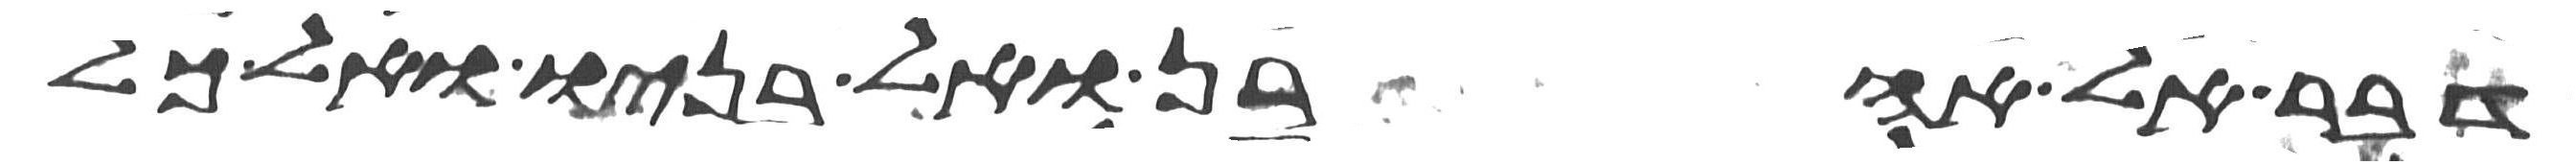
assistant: דבר אל אהרן ואל בניו ואל כל